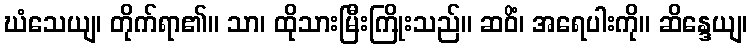
ဃံသေယျ၊ တိုက်ရာ၏။ သာ၊ ထိုသားမြီးကြိုးသည်။ ဆဝိံ၊ အရေပါးကို။ ဆိန္ဒေယျ၊